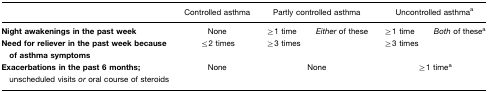
<table><thead><tr><td></td><td><b>Controlled asthma</b></td><td colspan="2"><b>Partly controlled asthma</b></td><td colspan="2"><b>Uncontrolled asthmaa</b></td></tr></thead><tbody><tr><td><b>Night awakenings in the past week</b></td><td>None</td><td>≥1 time</td><td><i>Either</i> of these</td><td>≥1 time</td><td><i>Both</i> of thesea</td></tr><tr><td><b>Need for reliever in the past week because of asthma symptoms</b></td><td>≤2 times</td><td>≥3 times</td><td></td><td>≥3 times</td><td></td></tr><tr><td><b>Exacerbations in the past 6 months;</b>unscheduled visits <i>or</i> oral course of steroids</td><td>None</td><td colspan="2">None</td><td colspan="2">≥1 timea</td></tr></tbody></table>